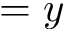
= y